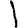
Digit: 1